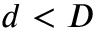
d < D